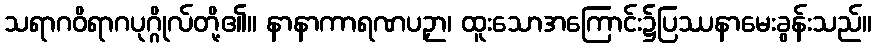
သရာဂဝိရာဂပုဂ္ဂိုလ်တို့၏။ နာနာကာရဏပဉှာ၊ ထူးသောအကြောင်း၌ပြဿနာမေးခွန်းသည်။